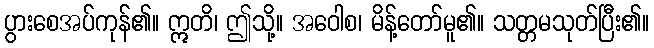
ပွားစေအပ်ကုန်၏။ ဣတိ၊ ဤသို့။ အဝေါစ၊ မိန့်တော်မူ၏။ သတ္တမသုတ်ပြီး၏။